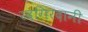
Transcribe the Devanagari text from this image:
रदगिरदानी